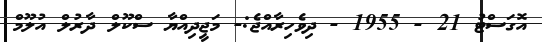
އޮގަސްޓު 21 - 1955 - ދިވެހިރާއްޖެ:- މަޖީދިއްޔާ ސްކޫލް ދާރުލް އުލޫމް